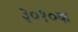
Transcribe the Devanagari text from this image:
३०१०क